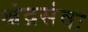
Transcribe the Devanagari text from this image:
श्चंद्रसंवः